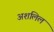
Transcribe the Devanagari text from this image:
अशलिल